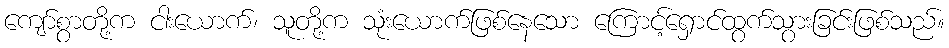
ကျော်စွာတို့က ငါးယောက်၊ သူတို့က သုံးယောက်ဖြစ်နေသော ကြောင့်ရှောင်ထွက်သွားခြင်းဖြစ်သည်။